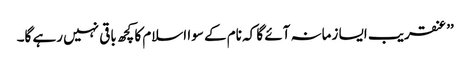
’’عنقریب ایسا زمانہ آئے گا کہ نام کے سوا اسلام کا کچھ باقی نہیں رہے گا۔